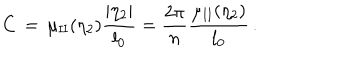
LaTeX: C \, = \, \mu _ { \mathrm { I I } } ( \eta _ { 2 } ) \frac { \vert \eta _ { 2 } \vert } { l _ { 0 } } = \frac { 2 \pi } { n } \frac { \mu _ { \mathrm { I I } } ( \eta _ { 2 } ) } { l _ { 0 } } \, .